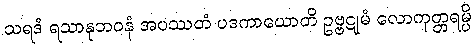
သရဒံ ရသာနုဘဝနံ အပဿတံ ပဒကာယောတိ ဥဗ္ဗဋုမံ လောကုတ္တရမ္ပိ